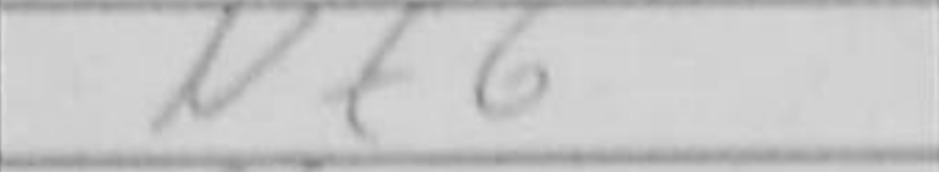
Transcription: Nf6